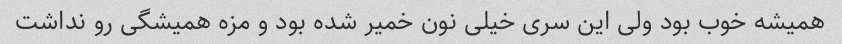
همیشه خوب بود ولی این سری خیلی نون خمیر شده بود و مزه همیشگی رو نداشت